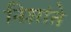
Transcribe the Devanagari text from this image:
निशांते